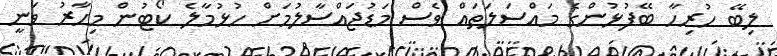
ލިބޭ ހުރިހާ ބޭފުޅުންގެ މައްސަލަތައް ވެސް މަޑުޖައްސާލުމަށް ހުޅުމާލެ ކޯޓުން މިހާރު ވަނީ